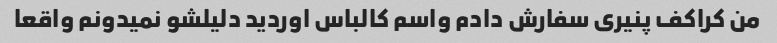
من کراکف پنیری سفارش دادم واسم کالباس اوردید دلیلشو نمیدونم واقعا